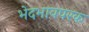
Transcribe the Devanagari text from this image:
भेदभावपरक